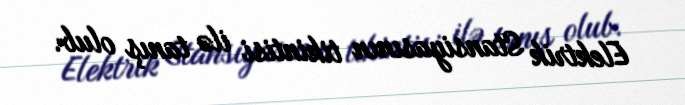
Elektrik Stansiyasının tikintisi ilə tanış olub.